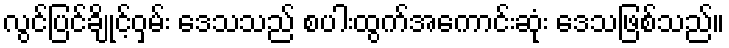
လွင်ပြင်ချိုင့်ဝှမ်း ဒေသသည် စပါးထွက်အကောင်းဆုံး ဒေသဖြစ်သည်။